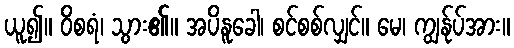
ယူ၍။ ဝိစရံ၊ သွား၏။ အပိနူခေါ၊ စင်စစ်လျှင်။ မေ၊ ကျွန်ုပ်အား။